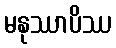
မနုဿာပိဿ